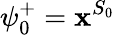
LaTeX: \psi_{0}^{+}=\mathbf{x}^{S_{0}}